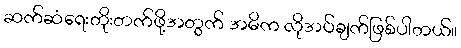
ဆက်ဆံရေးတိုးတက်ဖို့အတွက် အဓိက လိုအပ်ချက်ဖြစ်ပါတယ်။